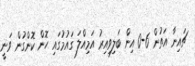
ޗައިނާ އަތުން 6-0 އިން ބަލިިވިއިރު އަމިއްލަ ގައުމުގައި ހޮން ކޮންގުން ވަނީ